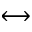
\longleftrightarrow